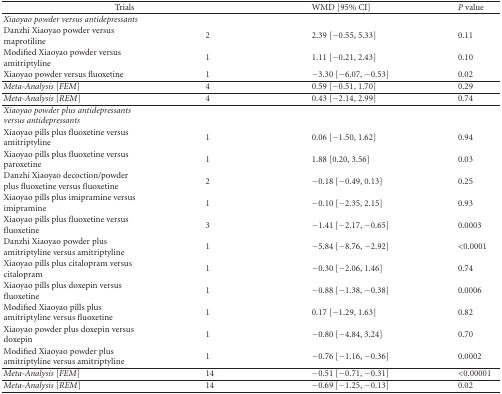
<table><thead><tr><td colspan="2"><b>Trials</b></td><td><b>WMD [95% CI]</b></td><td><b><i>P </i>value</b></td></tr></thead><tbody><tr><td><i>Xiaoyao powder versus antidepressants</i></td><td></td><td></td><td></td></tr><tr><td>Danzhi Xiaoyao powder versus maprotiline</td><td>2</td><td>2.39 [−0.55, 5.33]</td><td>0.11</td></tr><tr><td>Modified Xiaoyao powder versus amitriptyline</td><td>1</td><td>1.11 [−0.21, 2.43]</td><td>0.10</td></tr><tr><td>Xiaoyao powder versus fluoxetine</td><td>1</td><td>−3.30 [−6.07, −0.53]</td><td>0.02</td></tr><tr><td><i>Meta-Analysis </i>[<i>FEM</i>]</td><td>4</td><td>0.59 [−0.51, 1.70]</td><td>0.29</td></tr><tr><td><i>Meta-Analysis</i> [<i>REM</i>]</td><td>4</td><td>0.43 [−2.14, 2.99]</td><td>0.74</td></tr><tr><td><i>Xiaoyao powder plus antidepressants versus antidepressants</i></td><td></td><td></td><td></td></tr><tr><td>Xiaoyao pills plus fluoxetine versus amitriptyline</td><td>1</td><td>0.06 [−1.50, 1.62]</td><td>0.94</td></tr><tr><td>Xiaoyao pills plus fluoxetine versus paroxetine</td><td>1</td><td>1.88 [0.20, 3.56]</td><td>0.03</td></tr><tr><td>Danzhi Xiaoyao decoction/powder plus fluoxetine versus fluoxetine</td><td>2</td><td>−0.18 [−0.49, 0.13]</td><td>0.25</td></tr><tr><td>Xiaoyao pills plus imipramine versus imipramine</td><td>1</td><td>−0.10 [−2.35, 2.15]</td><td>0.93</td></tr><tr><td>Xiaoyao pills plus fluoxetine versus fluoxetine</td><td>3</td><td>−1.41 [−2.17, −0.65]</td><td>0.0003</td></tr><tr><td>Danzhi Xiaoyao powder plus amitriptyline versus amitriptyline</td><td>1</td><td>−5.84 [−8.76, −2.92]</td><td>&lt;0.0001</td></tr><tr><td>Xiaoyao pills plus citalopram versus citalopram</td><td>1</td><td>−0.30 [−2.06, 1.46]</td><td>0.74</td></tr><tr><td>Xiaoyao pills plus doxepin versus fluoxetine</td><td>1</td><td>−0.88 [−1.38, −0.38]</td><td>0.0006</td></tr><tr><td>Modified Xiaoyao pills plus amitriptyline versus fluoxetine</td><td>1</td><td>0.17 [−1.29, 1.63]</td><td>0.82</td></tr><tr><td>Xiaoyao powder plus doxepin versus doxepin</td><td>1</td><td>−0.80 [−4.84, 3.24]</td><td>0.70</td></tr><tr><td>Modified Xiaoyao powder plus amitriptyline versus amitriptyline</td><td>1</td><td>−0.76 [−1.16, −0.36]</td><td>0.0002</td></tr><tr><td><i>Meta-Analysis</i> [<i>FEM</i>]</td><td>14</td><td>−0.51 [−0.71, −0.31]</td><td>&lt;0.00001</td></tr><tr><td><i>Meta-Analysis</i> [<i>REM</i>]</td><td>14</td><td>−0.69 [−1.25, −0.13]</td><td>0.02</td></tr></tbody></table>